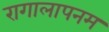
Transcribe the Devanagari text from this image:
रागालापनम